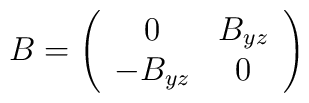
B = \left( \begin{array}{cc}0 & B_{yz} \\-B_{yz} & 0 \end{array} \right)